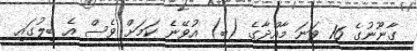
ގާނޫނުގެ 16 ވަނަ މާއްދާގެ (ބ) އުވޭނެ ކަމަށް ވެސް އެ ބިލުގައި